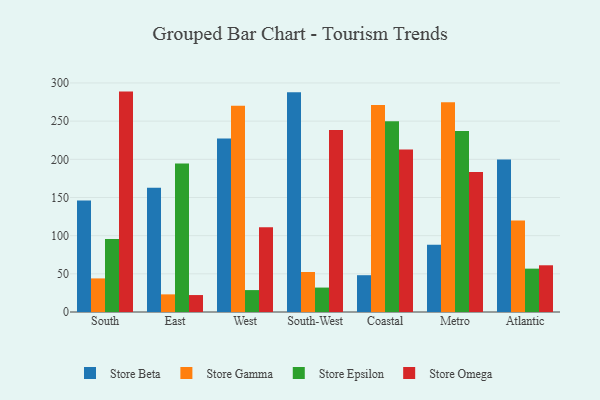
{"axis": {"x": "Region", "y": "Latency (ms)"}, "legend": ["Store Beta", "Store Epsilon", "Store Gamma", "Store Omega"], "data": [{"x": "South", "y": 146.1, "type": "Store Beta"}, {"x": "South", "y": 44.0, "type": "Store Gamma"}, {"x": "South", "y": 95.7, "type": "Store Epsilon"}, {"x": "South", "y": 288.7, "type": "Store Omega"}, {"x": "East", "y": 162.8, "type": "Store Beta"}, {"x": "East", "y": 23.1, "type": "Store Gamma"}, {"x": "East", "y": 194.5, "type": "Store Epsilon"}, {"x": "East", "y": 22.2, "type": "Store Omega"}, {"x": "West", "y": 227.4, "type": "Store Beta"}, {"x": "West", "y": 270.3, "type": "Store Gamma"}, {"x": "West", "y": 28.7, "type": "Store Epsilon"}, {"x": "West", "y": 111.0, "type": "Store Omega"}, {"x": "South-West", "y": 287.9, "type": "Store Beta"}, {"x": "South-West", "y": 52.4, "type": "Store Gamma"}, {"x": "South-West", "y": 32.0, "type": "Store Epsilon"}, {"x": "South-West", "y": 238.5, "type": "Store Omega"}, {"x": "Coastal", "y": 48.2, "type": "Store Beta"}, {"x": "Coastal", "y": 271.0, "type": "Store Gamma"}, {"x": "Coastal", "y": 249.9, "type": "Store Epsilon"}, {"x": "Coastal", "y": 212.7, "type": "Store Omega"}, {"x": "Metro", "y": 88.2, "type": "Store Beta"}, {"x": "Metro", "y": 274.6, "type": "Store Gamma"}, {"x": "Metro", "y": 237.0, "type": "Store Epsilon"}, {"x": "Metro", "y": 183.3, "type": "Store Omega"}, {"x": "Atlantic", "y": 199.6, "type": "Store Beta"}, {"x": "Atlantic", "y": 119.9, "type": "Store Gamma"}, {"x": "Atlantic", "y": 56.8, "type": "Store Epsilon"}, {"x": "Atlantic", "y": 61.2, "type": "Store Omega"}]}